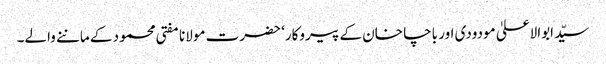
سیّد ابوالاعلیٰ مودودی اور باچا خان کے پیروکار‘ حضرت مولانا مفتی محمود کے ماننے والے۔